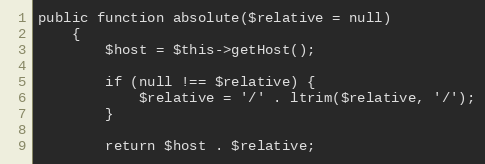
Language: PHP
public function absolute($relative = null)
    {
        $host = $this->getHost();

        if (null !== $relative) {
            $relative = '/' . ltrim($relative, '/');
        }

        return $host . $relative;